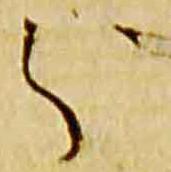
分